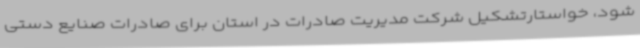
شود، خواستارتشکیل شرکت مدیریت صادرات در استان برای صادرات صنایع دستی